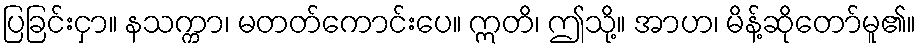
ပြခြင်းငှာ။ နသက္ကာ၊ မတတ်ကောင်းပေ။ ဣတိ၊ ဤသို့။ အာဟ၊ မိန့်ဆိုတော်မူ၏။